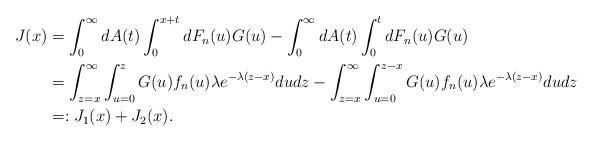
LaTeX: \begin{align*}J(x) &= \int_{0}^{\infty} dA(t)\int_{0}^{x+t} dF_{n}(u) G(u) - \int_{0}^{\infty} dA(t)\int_{0}^{t} dF_{n}(u) G(u)\\ &= \int_{z=x}^{\infty}\int_{u=0}^{z} G(u)f_n(u)\lambda e^{-\lambda(z-x)} du dz - \int_{z=x}^{\infty}\int_{u=0}^{z-x} G(u)f_n(u)\lambda e^{-\lambda(z-x)} du dz \\ &=: J_1(x) + J_{2}(x).\end{align*}